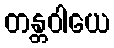
တန္တဝါယေ